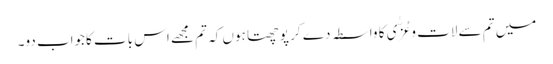
میں تم سے لات و عُزّٰی کا واسطہ دے کر پوچھتا ہوں کہ تم مجھے اس بات کاجواب دو۔